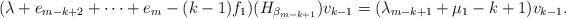
LaTeX: \begin{align*} ( \lambda + e_{m-k+2} + \cdots + e_m -(k-1) f_1 ) ( H_{ \beta _{m-k+1} }) v_{k-1} = ( \lambda _{m-k+1} + \mu _1 -k+1) v_{k-1}.\end{align*}